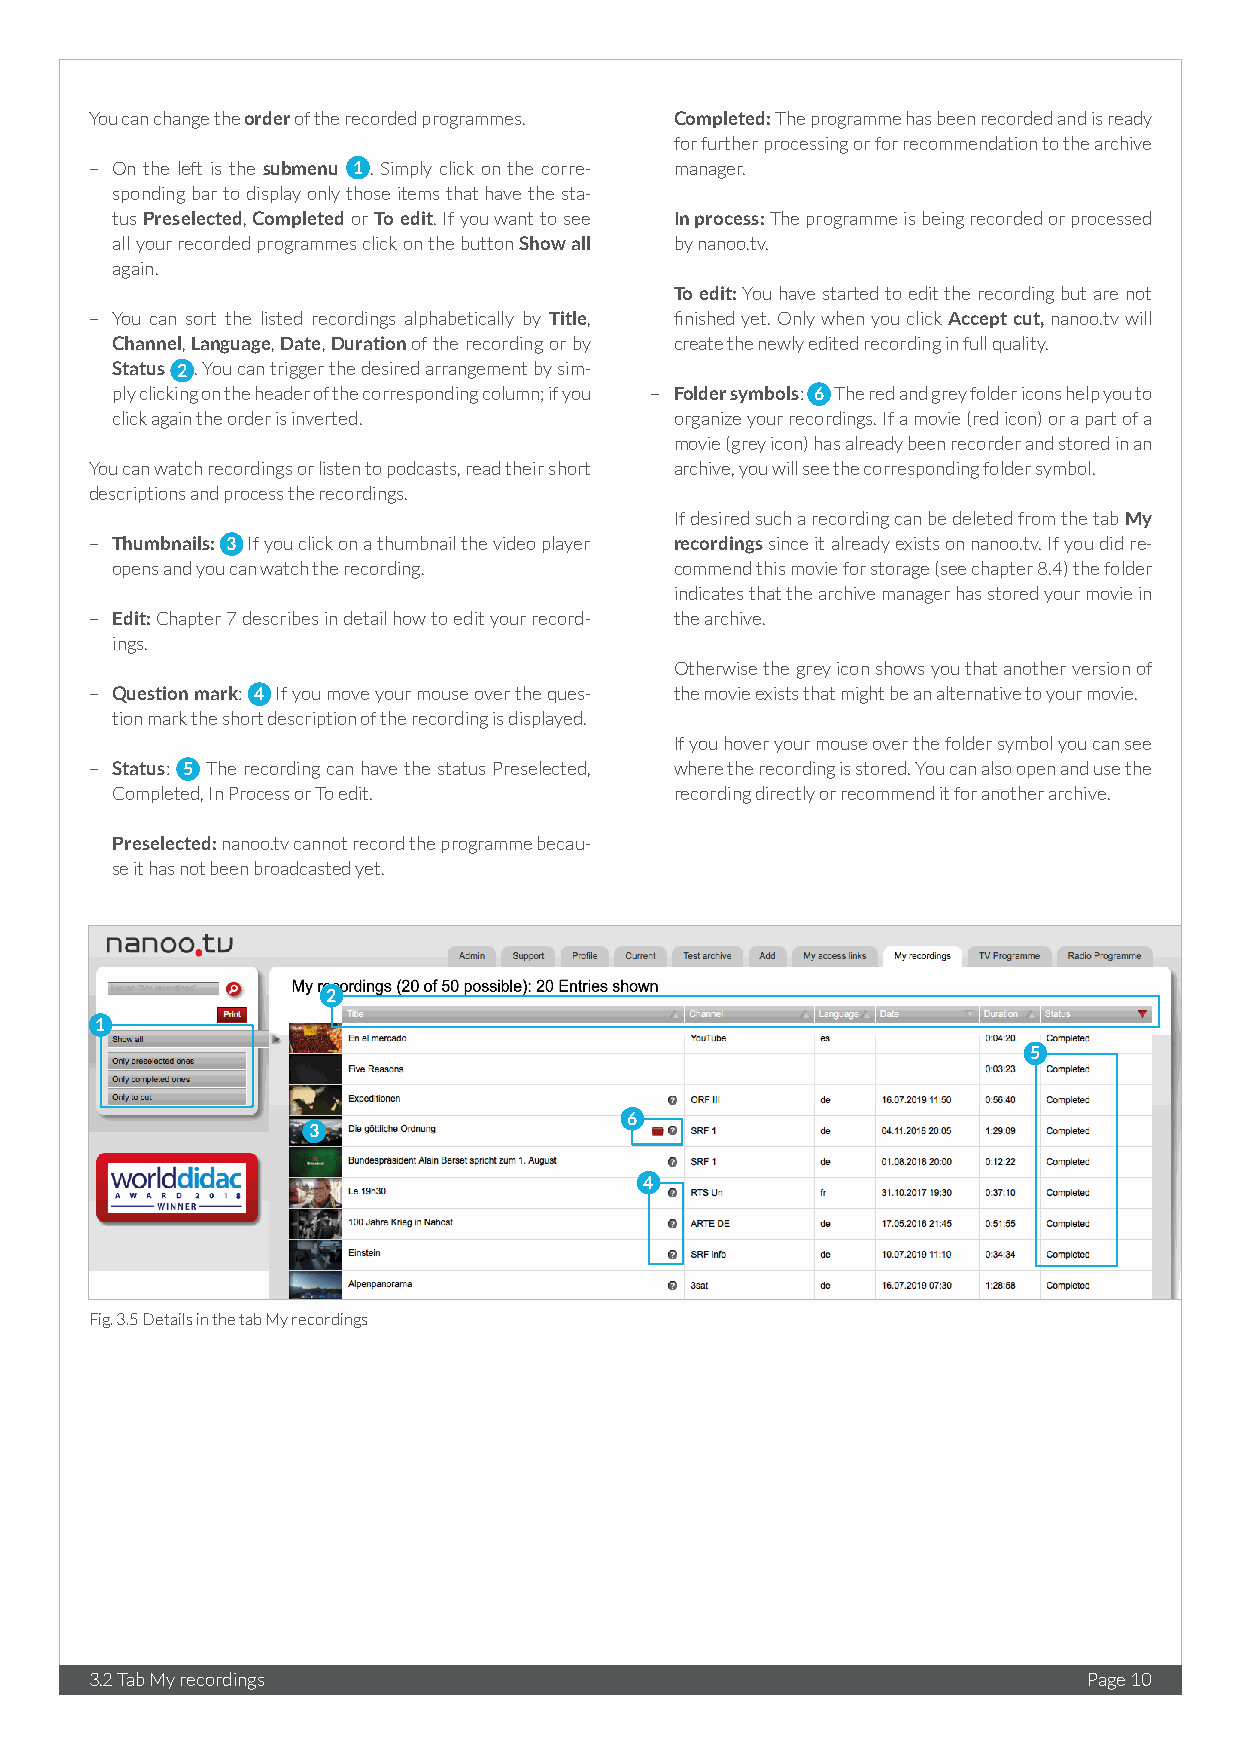
You can change the order of the recorded programmes. Completed: The programme has been recorded and is ready
 for further processing or for recommendation to the archive
 – On the left is the submenu 1 . Simply click on the corre- manager.
 sponding bar to display only those items that have the sta-
 tus Preselected, Completed or To edit. If you want to see In process: The programme is being recorded or processed
 all your recorded programmes click on the button Show all by nanoo.tv.
 again.
 To edit: You have started to edit the recording but are not
 – You can sort the listed recordings alphabetically by Title, finished yet. Only when you click Accept cut, nanoo.tv will
 Channel, Language, Date, Duration of the recording or by create the newly edited recording in full quality.
 Status 2 . You can trigger the desired arrangement by sim-
 ply clicking on the header of the corresponding column; if you – Folder symbols: 6 The red and grey folder icons help you to
 click again the order is inverted.    organize your recordings. If a movie (red icon) or a part of a
 movie (grey icon) has already been recorder and stored in an
 You can watch recordings or listen to podcasts, read their short archive, you will see the corresponding folder symbol.
 descriptions and process the recordings.
 If desired such a recording can be deleted from the tab My
 – Thumbnails: 3 If you click on a thumbnail the video player recordings since it already exists on nanoo.tv. If you did re-
 opens and you can watch the recording. commend this movie for storage (see chapter 8.4) the folder
 indicates that the archive manager has stored your movie in
 – Edit: Chapter 7 describes in detail how to edit your record- the archive.
 ings.
 Otherwise the grey icon shows you that another version of
 – Question mark: 4 If you move your mouse over the ques- the movie exists that might be an alternative to your movie.
 tion mark the short description of the recording is displayed.
 If you hover your mouse over the folder symbol you can see
 – Status: 5 The recording can have the status Preselected, where the recording is stored. You can also open and use the
 Completed, In Process or To edit.     recording directly or recommend it for another archive.
 Preselected: nanoo.tv cannot record the programme becau-
 se it has not been broadcasted yet.
 2
 1
 5
 6
 3
 4
 Fig. 3.5 Details in the tab My recordings
 3.2 Tab My recordings                                             Page 10